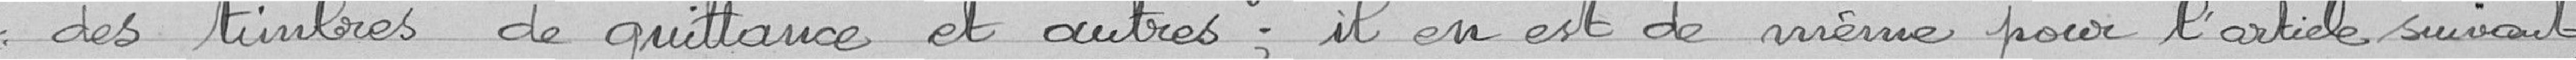
des timbres de quittance et autres ; il en est de même pour l'article suivant ;